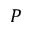
P